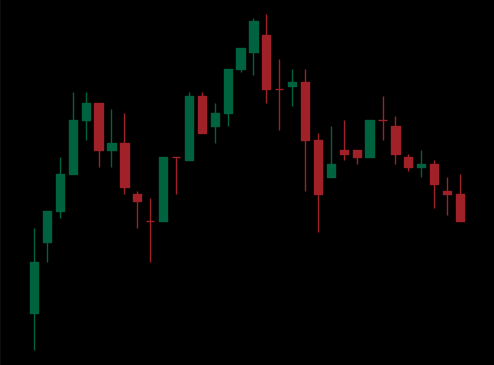
Pattern: head_shoulders